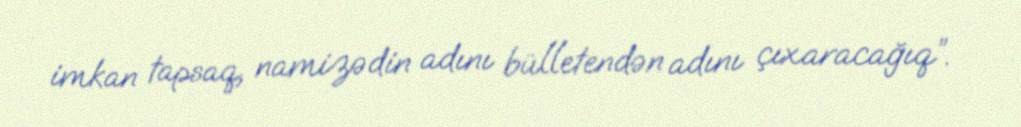
imkan tapsaq, namizədin adını bülletendən adını çıxaracağıq”.